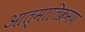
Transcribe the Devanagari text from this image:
आत्मातिक्रमण